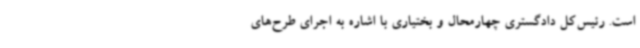
است. رئیس‌کل دادگستری چهارمحال و بختیاری با اشاره به اجرای طرح‌های